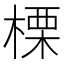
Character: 𣗖